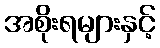
အစိုးရများနှင့်